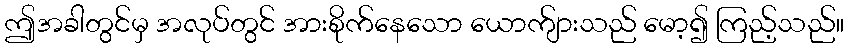
ဤအခါတွင်မှ အလုပ်တွင် အားစိုက်နေသော ယောက်ျားသည် မော့၍ ကြည့်သည်။